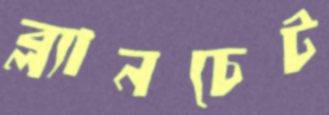
ব্ল্যানচেট